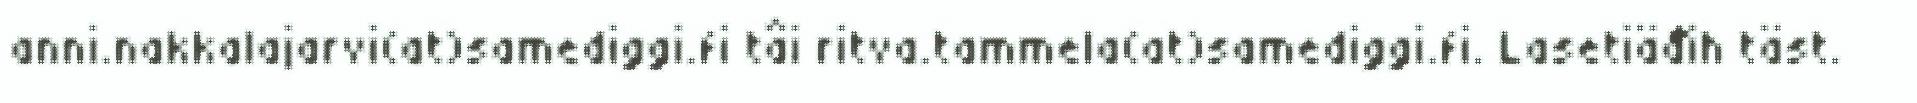
anni.nakkalajarvi(at)samediggi.fi tâi ritva.tammela(at)samediggi.fi. Lasetiäđih täst.